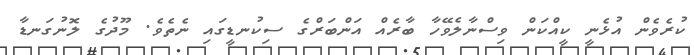
ކުރެވެން އުޅެނީ ކީއްކަން ވިސްނާލެވޭހާ ބާރެއް އަންބަރްގެ ސިކުނޑީގައި ނެތެވެ. މޫދުގެ ލޮނުގަނޑާ